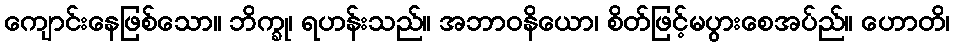
ကျောင်းနေဖြစ်သော။ ဘိက္ခု၊ ရဟန်းသည်။ အဘာဝနိယော၊ စိတ်ဖြင့်မပွားစေအပ်ည်။ ဟောတိ၊